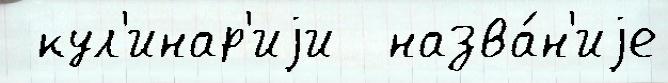
 кул'инар'иjи  назва́н'иjе